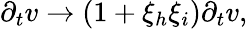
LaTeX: \begin{array}{r}{\partial_{t}v\rightarrow(1+\xi_{h}\xi_{i})\partial_{t}v,}\end{array}